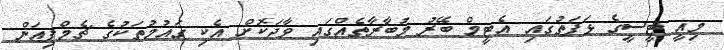
މިއީ ޓީސީގެ ޅަފަތުގައި އެޓީމް ބޭރު މުބާރާތެއްގައި ވާދަކޮށް އެކި ގައުމުތަކުގެ ޗެމްޕިއަން